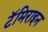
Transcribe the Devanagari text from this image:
टॅमिराइन